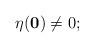
LaTeX: \begin{align*} \eta(\mathbf 0)\not=0; \end{align*}